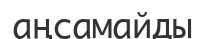
аңсамайды